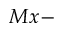
M x -